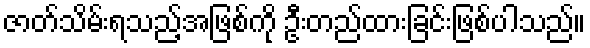
ဇာတ်သိမ်းရသည့်အဖြစ်ကို ဦးတည်ထားခြင်းဖြစ်ပါသည်။